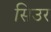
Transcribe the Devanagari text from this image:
सिउर